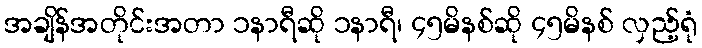
အချိန်အတိုင်းအတာ ၁နာရီဆို ၁နာရီ၊ ၄၅မိနစ်ဆို ၄၅မိနစ် လှည့်ရုံ